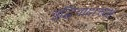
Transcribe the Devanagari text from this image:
बुद्धिवादाच्या